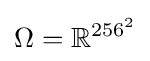
\Omega =\mathbb {R} ^{256^{2}}